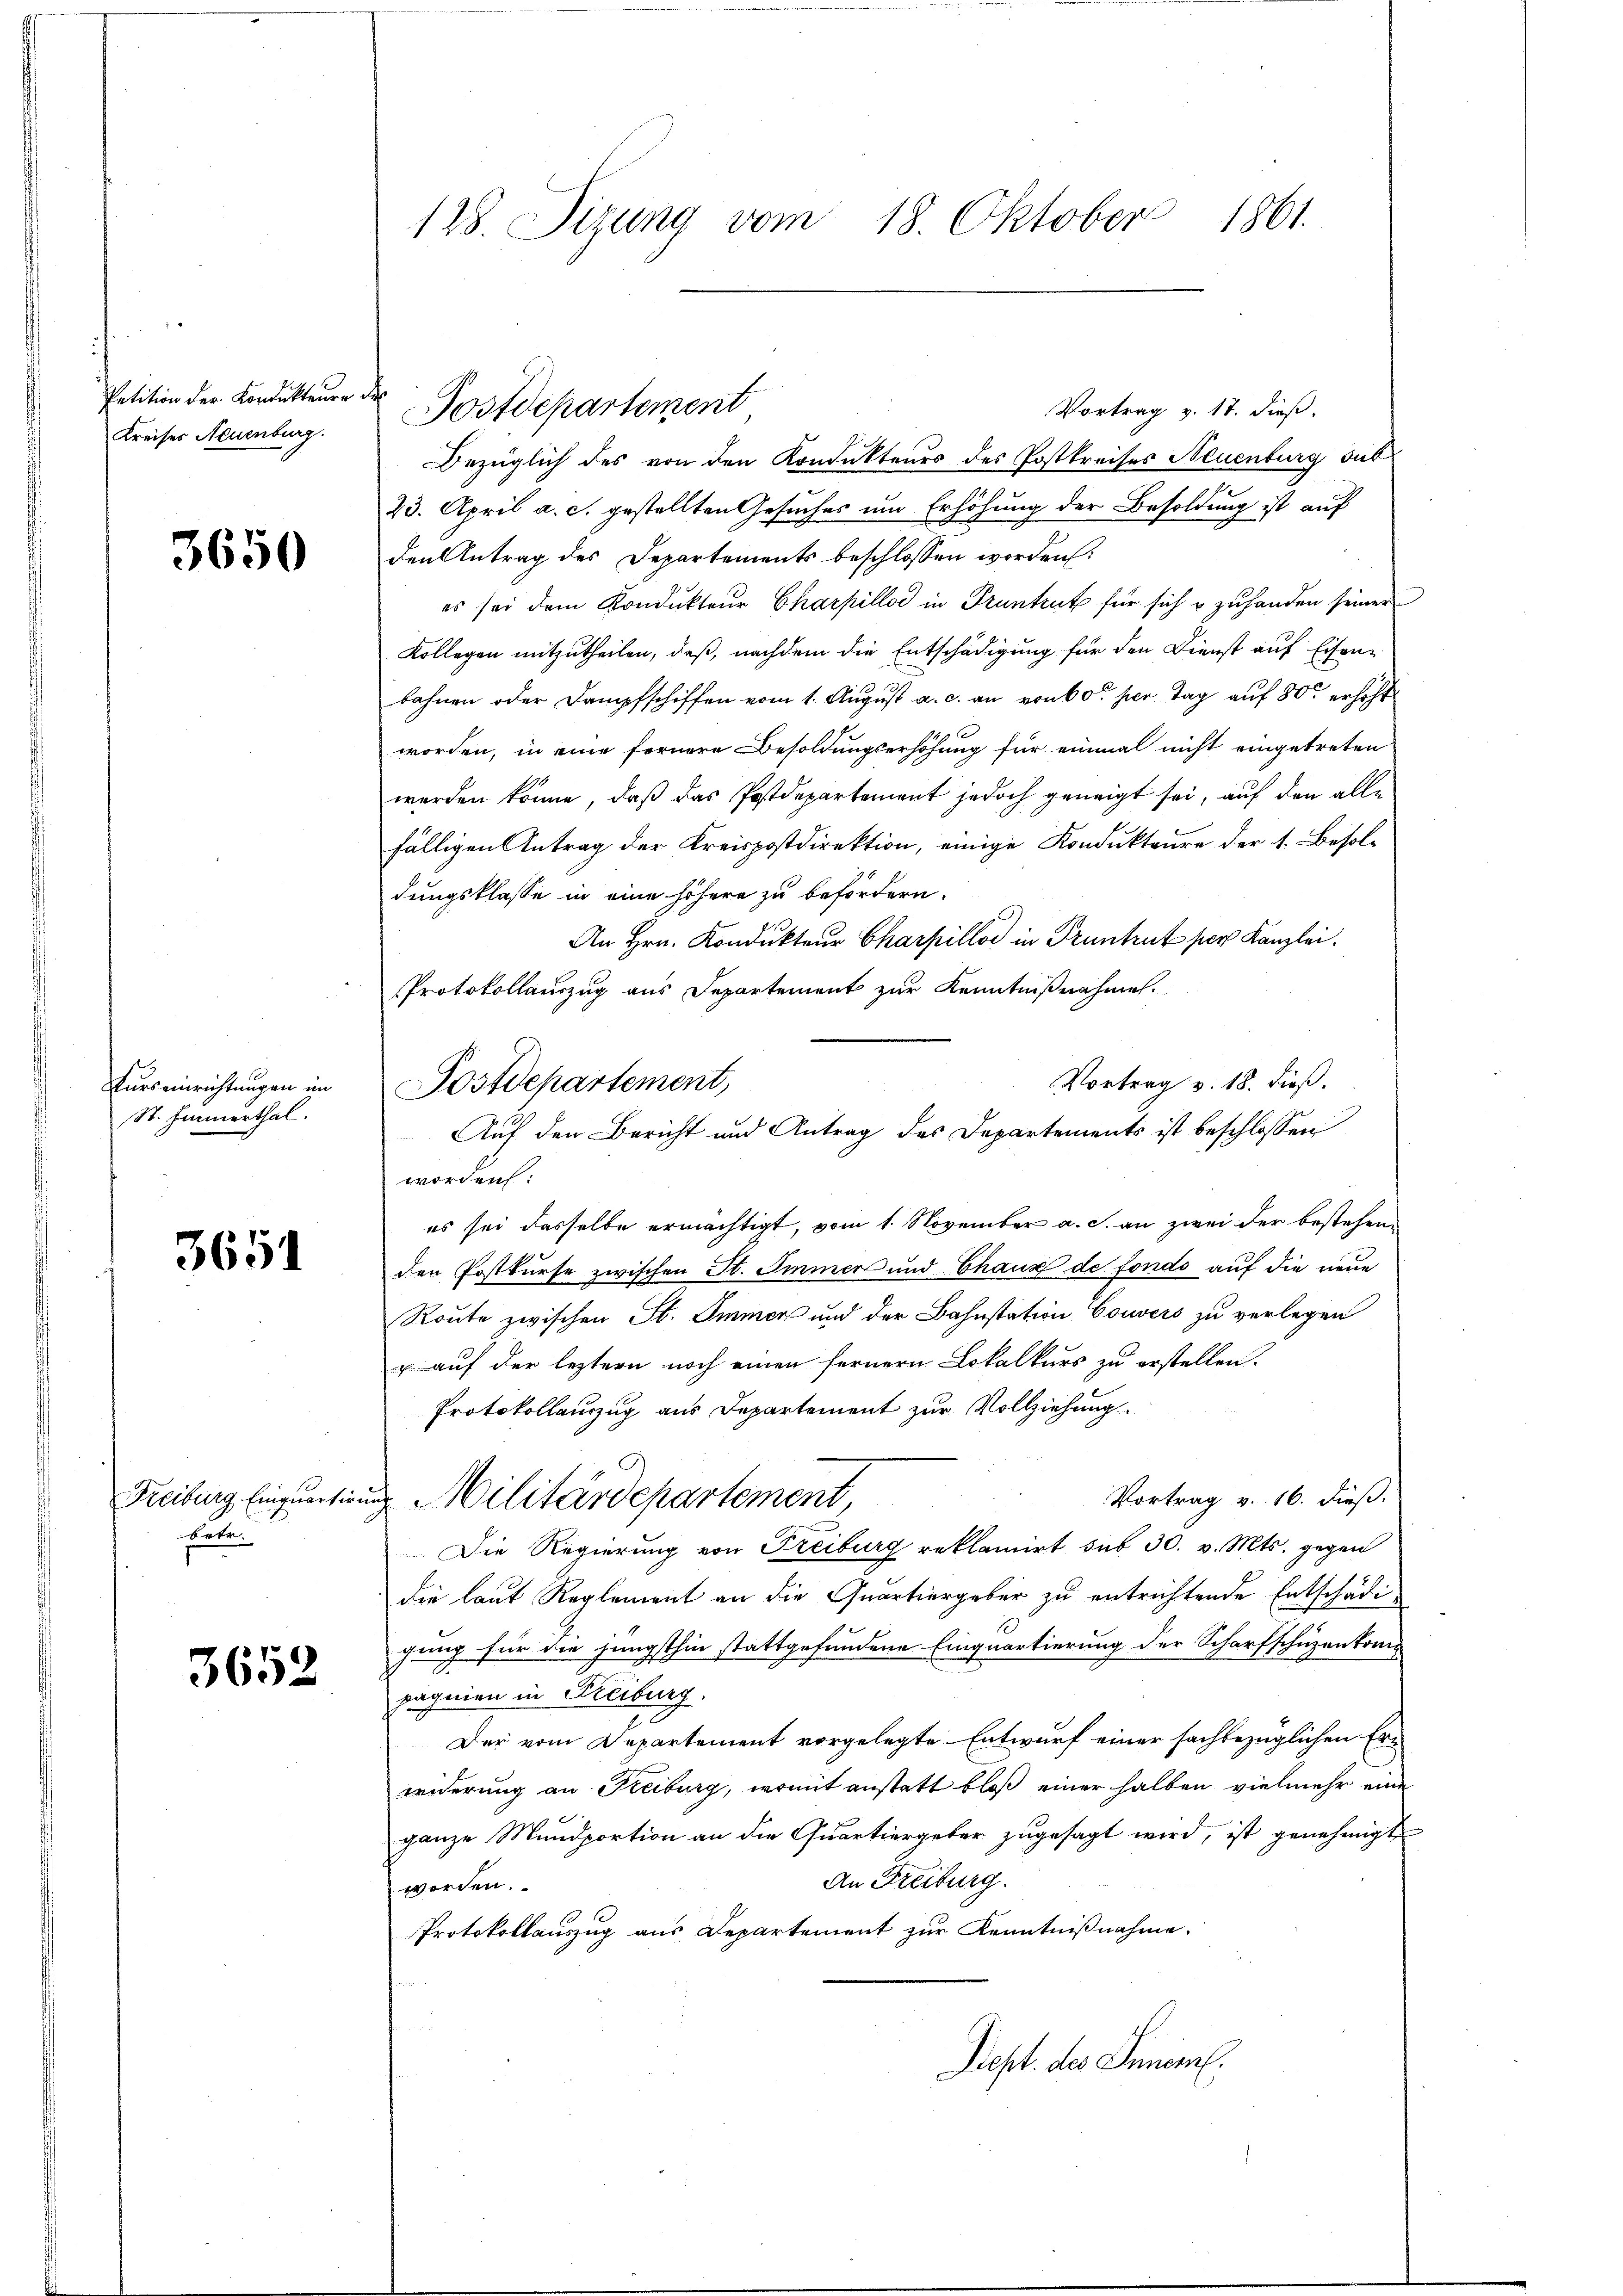
Petition der Kondukteure.
Kreises Neuenburg.

3650

Kurs einrichtungen im
St. Immerthal.

3651

Freiburg Einquartir
betr.

3652

128. Sizung vom 18. Oktober 1861.

Vortrag v. 17. dieß.
Bezüglich des von den Kondukteurs des Postkreises Neuenburg sub
23. April a. c. gestellten Gesuches um Erhöhung der Besoldung ist auf
den Antrag des Departements beschlossen worden:
es sei dem Kondukteŭr Charpilloć in Pruntrut für sich u zŭ handen seiner
Kollegen mitzutheilen, daß, nachdem die Entschädigung für den Dienst auf Eisen-
bahnen oder Dampfschiffen vom 1. August a. c. an von 60 her Tag auf 800 erhöht
worden, in eine fernere Besoldungserhöhung für einmal nicht eingetreten
werden könne, daß das Postdepartement jedoch geneigt sei, auf den alle
fälligen Antrag der Kreispostdirektion, einige Kondukteure der 1. Besoldungsklasse in eine höhere zu befördern.
An Hrn. Kondukteur Charpillos in Pruntrut per Kanzlei.
Protokollauszug aus Departement zur Kenntnißnahmen.
worden:
es sei dasselbe ermächtigt, vom 1. November a. c. an zwei der bestehen
den Postkurse zwischen St. Immer und Chaus de fondo auf die neue
Route zwischen St. Immer und der Bahnstation Couvers zu verlegen
u auf der leztern noch einen fernern Lokalkurs zu erstellen.
Protokollauszug aus Departement zur Vollziehung.
Vortrag v. 16. dieß.
u. Militärdepartement,
Die Regierung von Freiburg reklamirt sub 30. v. Mts. gegen
die laut Reglement an die Quartiergeber zu entrichtende Entschädigung für die jüngsthin stattgefundene Einquartierung der Scharfschüzenkom
pagnien in Freiburg.
Der vom Departement vorgelegte Entwurf einer sachbezüglichen Erwiderung an Freiburg, womit anstatt bloß einer halben vielmehr eine
ganze Mundportion an die Quartiergeber zugesagt wird, ist genehmigt
An Freiburg.
worden.
Protokollauszug aus Departement zur Kenntnißnahme.
Dept. des Innerl.

Postdepartement,

Postdepartement

Auf den Bericht und Antrag des Departements ist beschlossen

Vortrag v. 18. dieß.